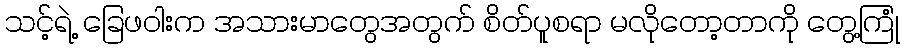
သင့်ရဲ့ ခြေဖဝါးက အသားမာတွေအတွက် စိတ်ပူစရာ မလိုတော့တာကို တွေ့ကြုံ